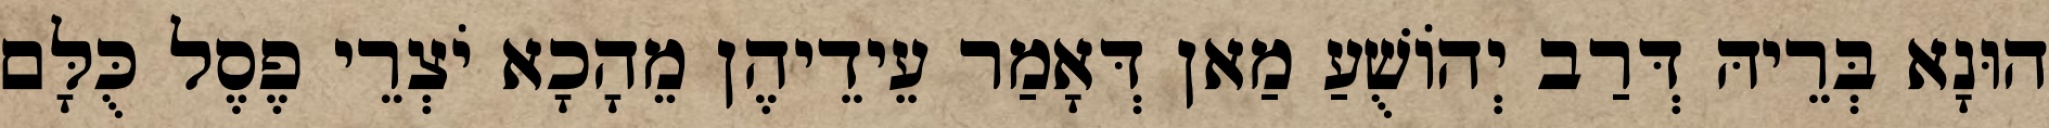
הוּנָא בְּרֵיהּ דְּרַב יְהוֹשֻׁעַ מַאן דְּאָמַר עֵידֵיהֶן מֵהָכָא יֹצְרֵי פֶסֶל כֻּלָּם